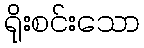
ရိုးစင်းသော